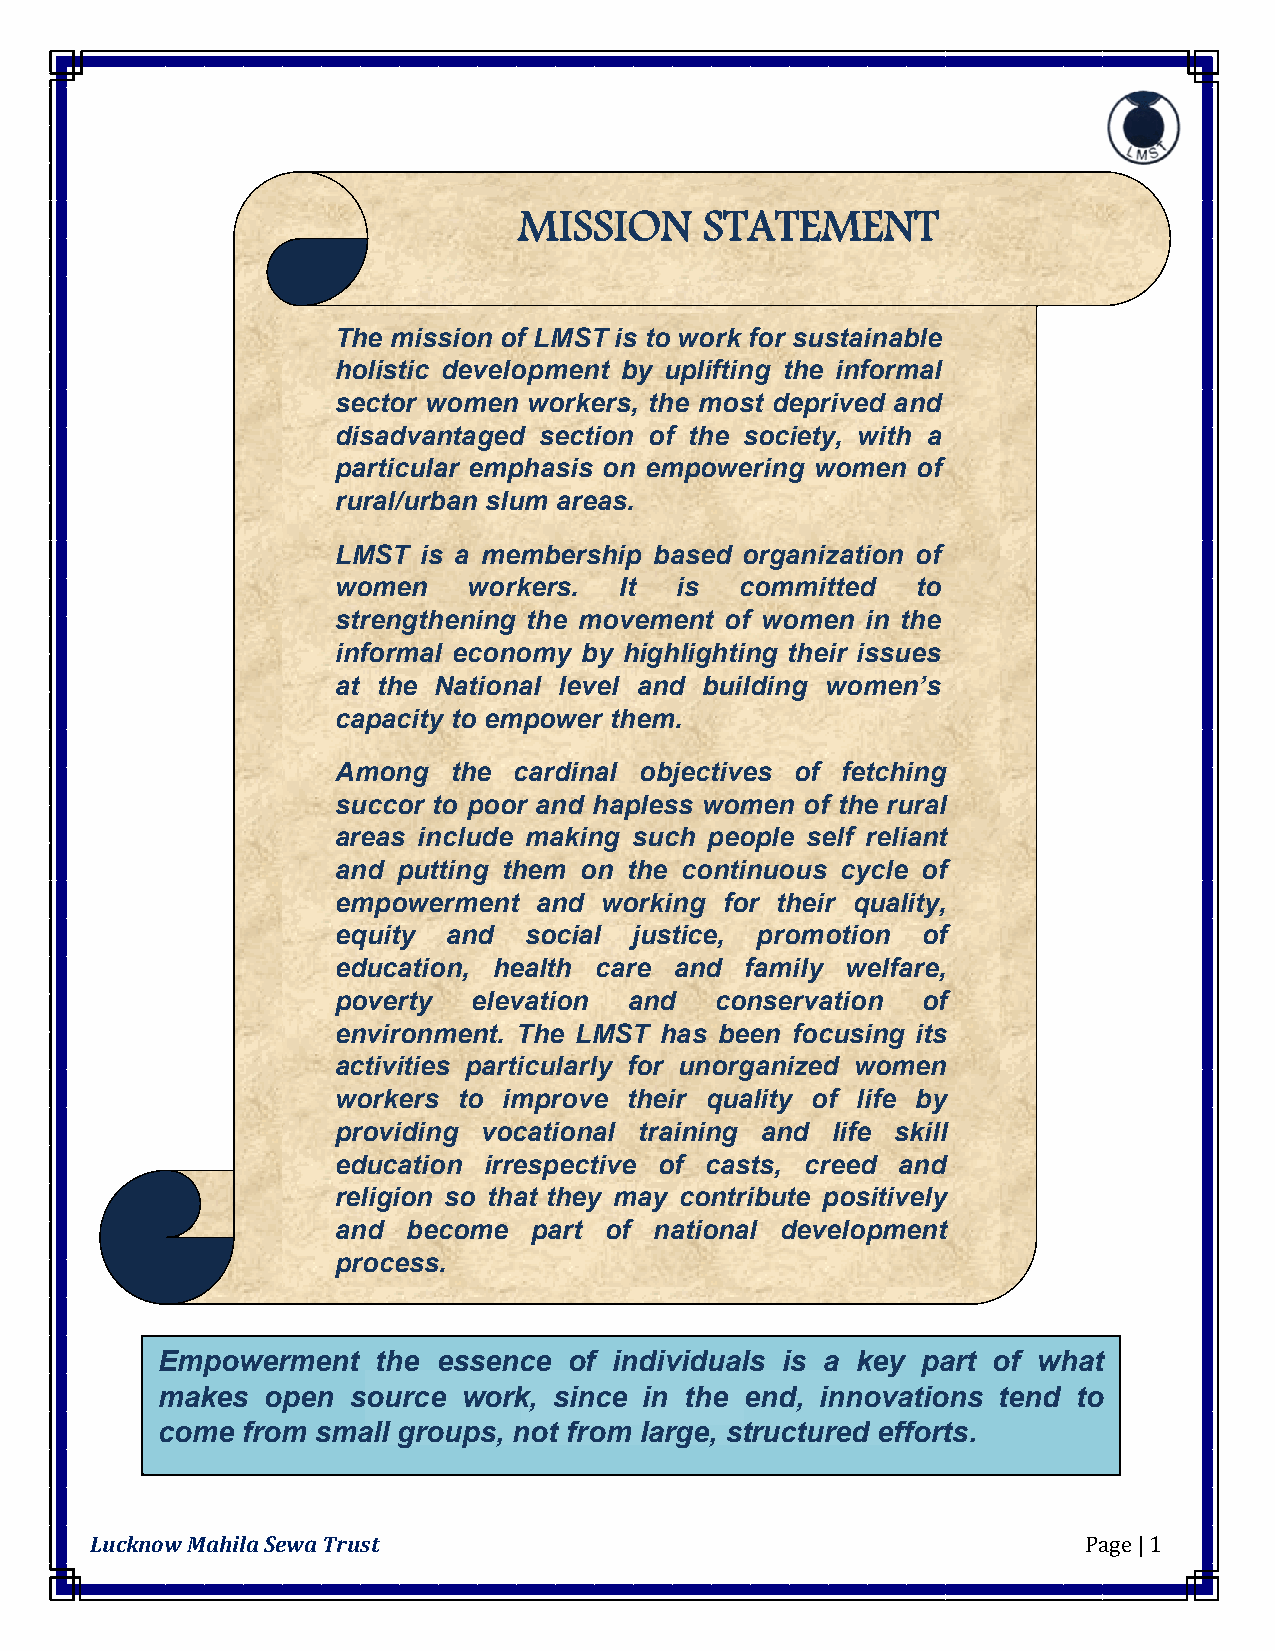
MISSION      STATEMENT
 The mission of LMST is to work for sustainable
 holistic development by uplifting the informal
 sector women workers, the most deprived and
 disadvantaged section of the society, with a
 particular emphasis on empowering women of
 rural/urban slum areas.
 LMST  is a membership based organization of
 women    workers.  It  is  committed   to
 strengthening the movement of women in the
 informal economy by highlighting their issues
 at the National level and building women’s
 capacity to empower them.
 Among   the cardinal objectives of fetching
 succor to poor and hapless women of the rural
 areas include making such people self reliant
 and putting them on the continuous cycle of
 empowerment  and  working for their quality,
 equity  and  social justice, promotion of
 education, health care and family welfare,
 poverty  elevation  and  conservation  of
 environment. The LMST has been focusing its
 activities particularly for unorganized women
 workers to improve  their quality of life by
 providing vocational training and life skill
 education irrespective of casts, creed and
 religion so that they may contribute positively
 and  become  part of national development
 process.
 Empowerment    the essence  of individuals is a key part of what
 makes   open source  work, since in the end, innovations tend to
 come  from small groups, not from large, structured efforts.
 Lucknow Mahila Sewa Trust                                         Page | 1